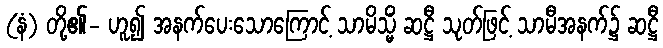
(နံ) တို့၏- ဟူ၍ အနက်ပေးသောကြောင့် သာမိသ္မိံ ဆဋ္ဌီ သုတ်ဖြင့် သာမီအနက်၌ ဆဋ္ဌီ